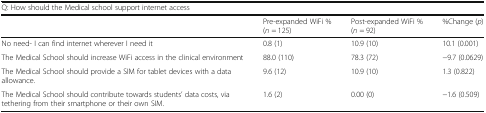
| <COLSPAN=4> Q: How should the Medical school support internet access |
 |  | Pre-expanded WiFi % (n = 125) | Post-expanded WiFi % (n = 92) | %Change (p) |
 | --- | --- | --- | --- |
 | No need- I can find internet wherever I need it | 0.8 (1) | 10.9 (10) | 10.1 (0.001) |
 | The Medical School should increase WiFi access in the clinical environment | 88.0 (110) | 78.3 (72) | −9.7 (0.0629) |
 | The Medical School should provide a SIM for tablet devices with a data allowance. | 9.6 (12) | 10.9 (10) | 1.3 (0.822) |
 | The Medical School should contribute towards students’ data costs, via tethering from their smartphone or their own SIM. | 1.6 (2) | 0.00 (0) | −1.6 (0.509) |